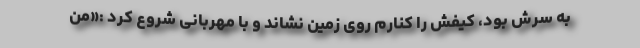
به سرش بود، کیفش را کنارم روی زمین نشاند و با مهربانی شروع کرد :«من